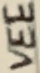
Text: VEE